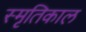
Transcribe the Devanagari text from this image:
स्मृतिकाल